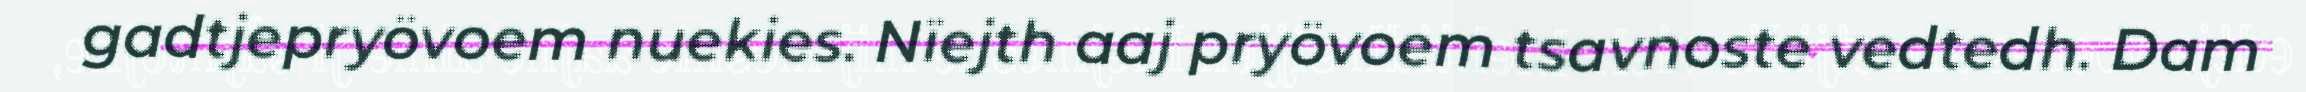
gadtjepryövoem nuekies. Nïejth aaj pryövoem tsavnoste vedtedh. Dam